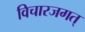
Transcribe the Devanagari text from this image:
विचारजगत्‌